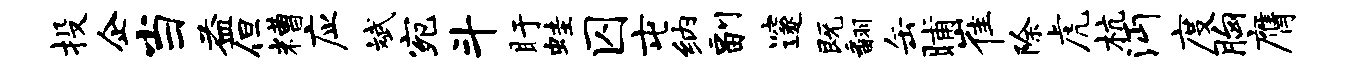
投企当益但糟应斌宛斗盱蛙囚屯纳副邃既翻缶晡崔除虎杭沔度胸膺